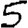
Digit: 5